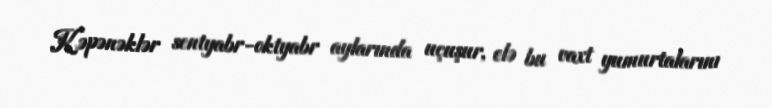
Kəpənəklər sentyabr-oktyabr aylarında uçuşur, elə bu vaxt yumurtalarını